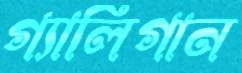
গ্যালিগান